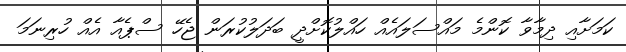
ކަމަށާއި ދިމާވާ ކޮންމެ މައްސަލައެއް ހައްލުކޮށްދީ ބަދަލުކުރަން ޖެހޭ ސްޕެއާ އެއް ހުރިނަމަ